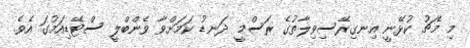
މި މެޗު ކުޅޭނީ އިނގިރޭސިވިލާތުގެ ރަސްމީ ދަނޑު ކަމަށްވާ ވެންބްލީ ސްޓޭޑިއަމުގަ އެވެ.